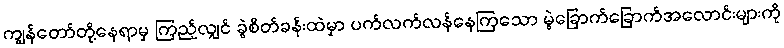
ကျွန်တော်တို့နေရာမှ ကြည့်လျှင် ခွဲစိတ်ခန်းထဲမှာ ပက်လက်လန်နေကြသော မွဲခြောက်ခြောက်အလောင်းများကို